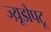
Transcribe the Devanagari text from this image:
ज्य़ूडोपटू